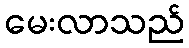
မေးလာသည်